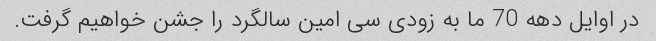
در اوایل دهه 70 ما به زودی سی امین سالگرد را جشن خواهیم گرفت.